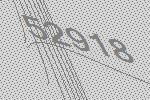
52918